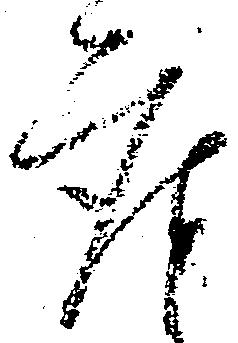
座